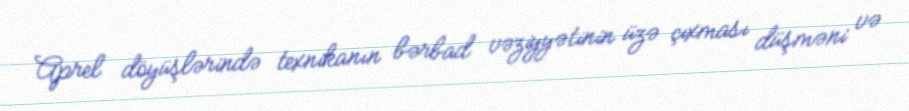
Aprel döyüşlərində texnikanın bərbad vəziyyətinin üzə çıxması düşməni və